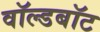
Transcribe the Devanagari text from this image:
वॉल्डबॉट